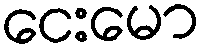
ငေးမော